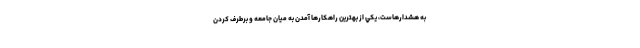
به هشدارهاست، يكي از بهترين راهكارها آمدن به ميان جامعه و برطرف كردن